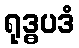
ရုဒ္ဓပဒံ